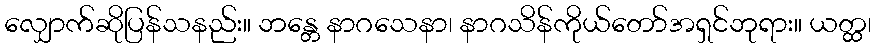
လျှောက်ဆိုပြန်သနည်း။ ဘန္တေ နာဂသေနာ၊ နာဂသိန်ကိုယ်တော်အရှင်ဘုရား။ ယတ္ထ၊